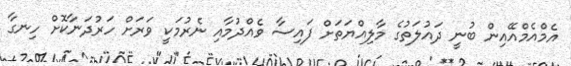
އެމްއެމްއޭއިން ބުނީ ދައުލަތުގެ މާލިއްޔަތަށް ފައިސާ ވެއްދުމާއި ނެރުމަކީ ވަރަށް ހަރުދަނާކޮށް ހިނގާ